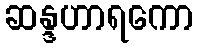
ဆန္ဒဟာရကော